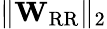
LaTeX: \lVert\mathbf{W}_{\mathrm{RR}}\rVert_{2}